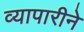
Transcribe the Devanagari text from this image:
व्यापारीने